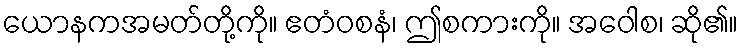
ယောနကအမတ်တို့ကို။ ဧတံဝစနံ၊ ဤစကားကို။ အဝေါစ၊ ဆို၏။